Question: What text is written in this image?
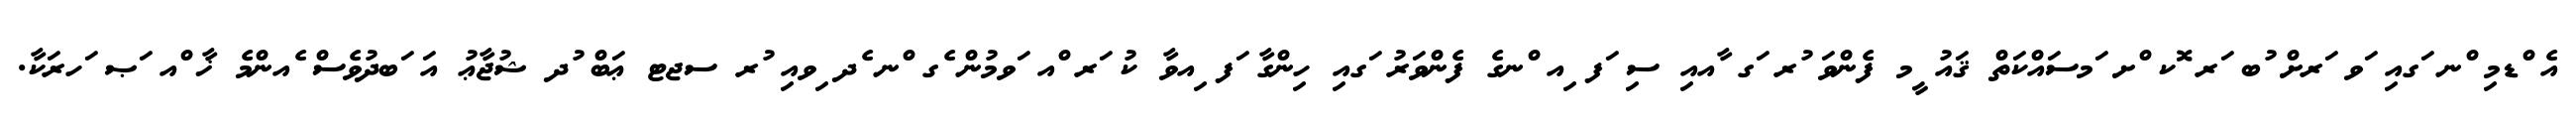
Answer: އެ ްޑމި ްނ ަގއި ަވ ަރށް ުބ ަރ ޮކ ްށ ަމސައްކަތް ޤައު ީމ ފެންވަ ުރ ަގ ާއއި ސި ަފ ިއ ްނގެ ފެންވަރު ަގއި ހިންގާ ަފ ިއވާ ކު ަރ ްއ ަވމުން ެގ ްނ ެދ ިވއި ުރ ސޖޓ ޢަބް ުދ ޝުޖާޢު އަ ަބދުވެސް ެއންމެ ޚާ ްއ ަޞ ަހރަކާ.